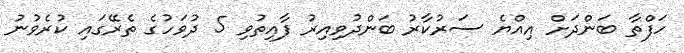
ހަފްތާ ބަންދަށް އިއްޔެ ސަރުކާރު ބަންދުވިއިރު ފާއިތުވި 5 ދުވަހުގެ ތެރޭގައި ކުރެވުނު